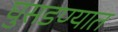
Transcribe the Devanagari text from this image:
घुसडण्यात